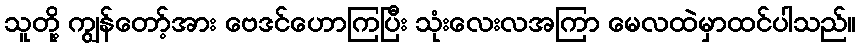
သူတို့ ကျွန်တော့်အား ဗေဒင်ဟောကြပြီး သုံးလေးလအကြာ မေလထဲမှာထင်ပါသည်။